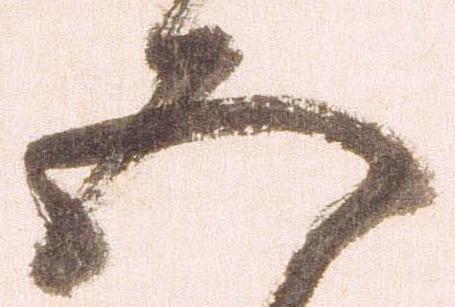
五